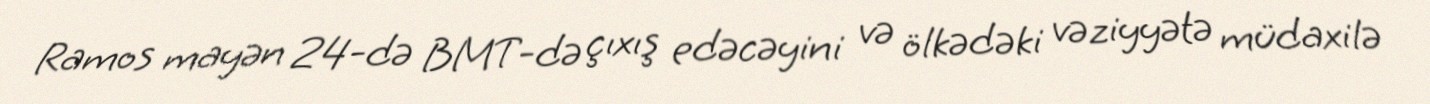
Ramos mayən 24-də BMT-də çıxış edəcəyini və ölkədəki vəziyyətə müdaxilə